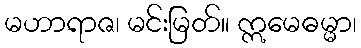
မဟာရာဇ၊ မင်းမြတ်။ ဣမေဓမ္မာ၊